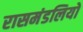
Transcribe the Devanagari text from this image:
रासमंडलियों